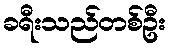
ခရီးသည်တစ်ဦး